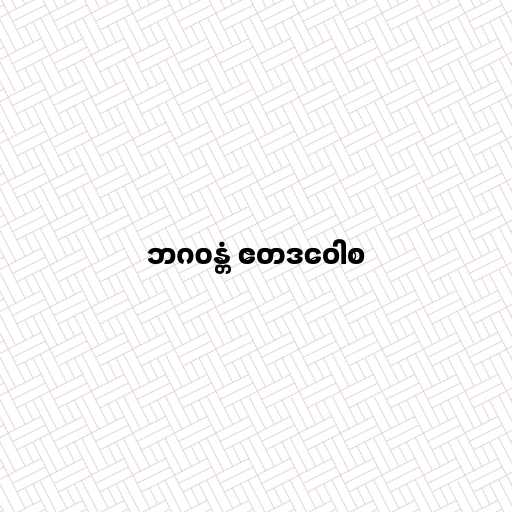
ဘဂဝန္တံ ဧတဒဝေါစ